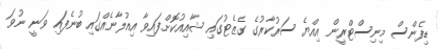
ޑިފެންސް މިނިސްޓްރީން އިއްޔެ ސަރުކާރުގެ ގެޒެޓުގައި ޝާއިއުކޮށްފައިވާ އިއުލާނެއްގައި ބުނެފައި ވަނީ ނުވަ